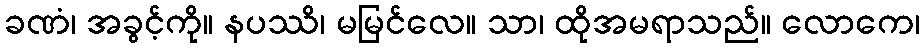
ခဏံ၊ အခွင့်ကို။ နပဿိ၊ မမြင်လေ။ သာ၊ ထိုအမရာသည်။ လောကေ၊